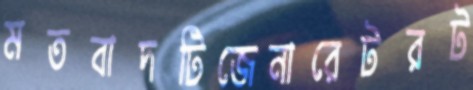
মতবাদটিজেনারেটরট